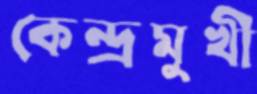
কেন্দ্রমুখী